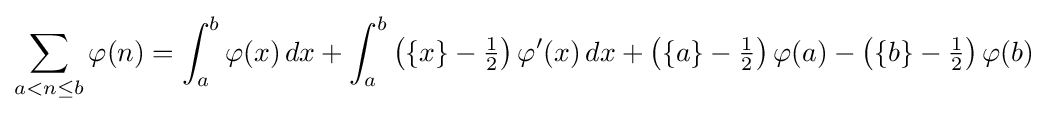
\sum _{a<n\leq b}\varphi (n)=\int _{a}^{b}\varphi (x)\,dx+\int _{a}^{b}\left(\{x\}-{\tfrac {1}{2}}\right)\varphi '(x)\,dx+\left(\{a\}-{\tfrac {1}{2}}\right)\varphi (a)-\left(\{b\}-{\tfrac {1}{2}}\right)\varphi (b)